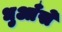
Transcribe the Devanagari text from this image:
धुआँसे